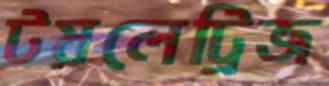
টয়লেট্রিজ